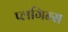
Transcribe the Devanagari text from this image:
प्लगिन्स